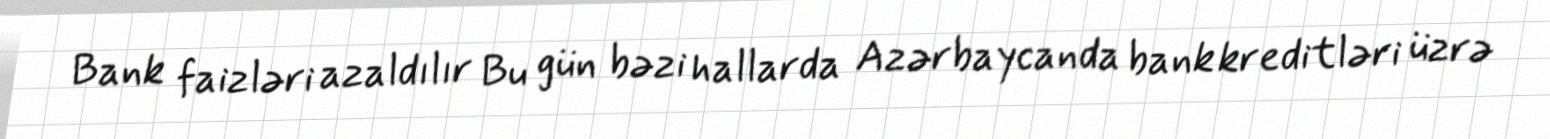
Bank faizləri azaldılır Bu gün bəzi hallarda Azərbaycanda bank kreditləri üzrə